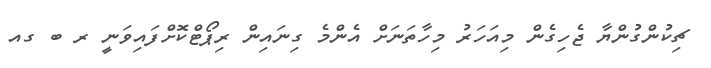
ޗިކުންގުންޔާ ޖެހިގެން މިއަހަރު މިހާތަނަށް އެންމެ ގިނައިން ރިޕޯޓްކޮށްފައިވަނީ ރ ބ ގއ